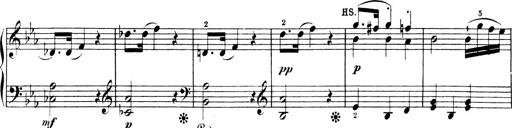
Title: 6 Sonatinas
Composer: Carl Reinecke